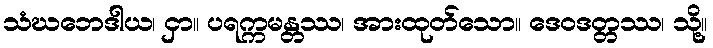
သံဃဘေဒါယ၊ ငှာ။ ပရက္ကမန္တဿ၊ အားထုတ်သော။ ဒေဝဒတ္တဿ၊ သို့။